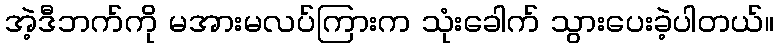
အဲ့ဒီဘက်ကို မအားမလပ်ကြားက သုံးခေါက် သွားပေးခဲ့ပါတယ်။